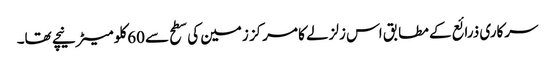
سرکاری ذرائع کے مطابق اس زلزلے کا مرکز زمین کی سطح سے 60کلو میٹر نیچے تھا۔